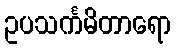
ဥပသင်္ကမိတာရော